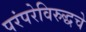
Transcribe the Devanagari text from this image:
परंपरेविरुद्धचे